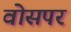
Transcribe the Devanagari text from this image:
वोसपर